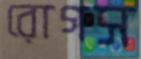
রোগস